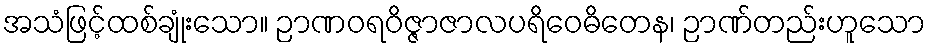
အသံဖြင့်ထစ်ချုံးသော။ ဉာဏဝရဝိဇ္ဇာဇာလပရိဝေဓိတေန၊ ဉာဏ်တည်းဟူသော